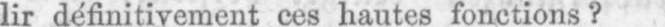
lir définitivement ces hautes fonctions?